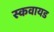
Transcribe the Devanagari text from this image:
स्कवायड